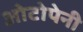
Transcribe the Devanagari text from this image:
ओटोपेनी